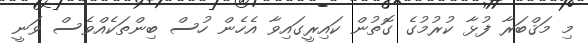
މި މަޤްބަރާ ފުޅާ ކުރުމުގެ ގޮތުން ކައިރީގައިވާ އެހެން ހުސް ބިންތަކެއްވެސް ވަނީ